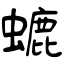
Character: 螰